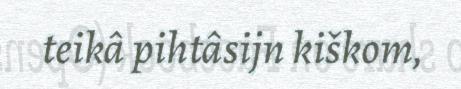
teikâ pihtâsijn kiškom,